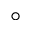
^ { \circ }